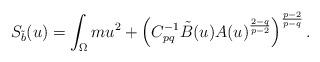
LaTeX: \begin{align*}S_{\tilde{b}}(u)=\int_{\Omega} mu^2+\left(C_{pq}^{-1} \tilde{B}(u)A(u)^{\frac{2-q}{p-2}}\right)^{\frac{p-2}{p-q}}.\end{align*}